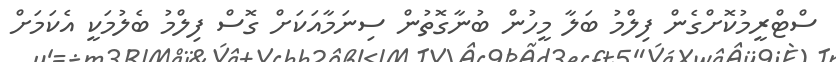
ސްޓްރީމުކޮށްގެން ފިލްމު ބަލާ މީހުން ބުނާގޮތުން ސިނަމާއަކަށް ގޮސް ފިލްމު ބެލުމަކީ އެކަމަށް